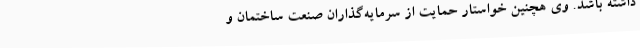
داشته باشد. وی هچنین خواستار حمایت از سرمایه‌گذاران صنعت ساختمان و